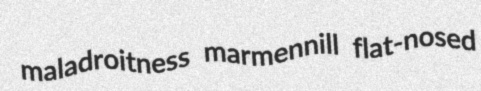
maladroitness marmennill flat-nosed